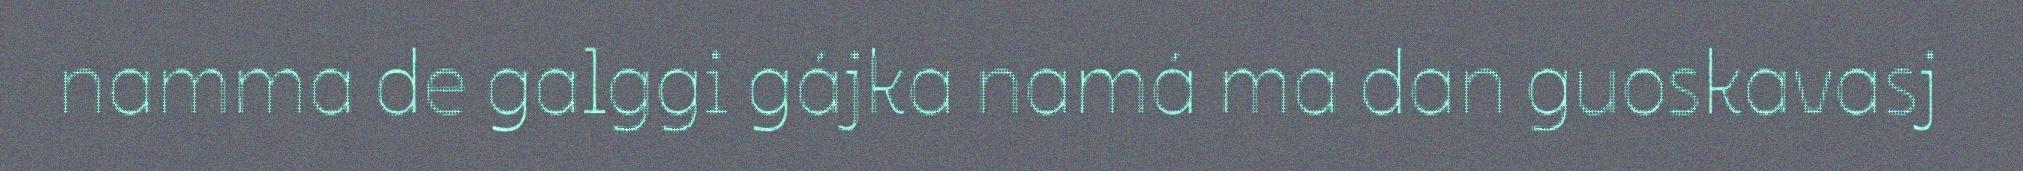
namma de galggi gájka namá ma dan guoskavasj